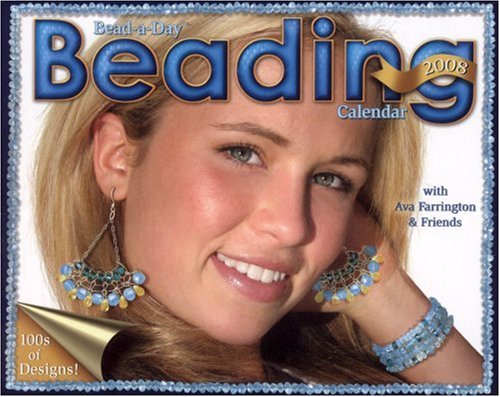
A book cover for Beading Bead-a-Day: 2008 Day-to-Day Calendar; Accord Publishing; Calendars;